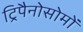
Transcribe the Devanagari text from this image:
ट्रिपैनोसोमों